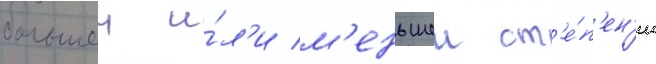
большеи и́л'и м'еньшеи ст'е́п'ен'и